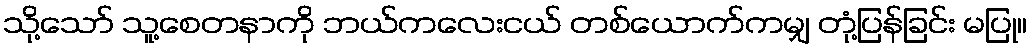
သို့သော် သူ့စေတနာကို ဘယ်ကလေးငယ် တစ်ယောက်ကမျှ တုံ့ပြန်ခြင်း မပြု။